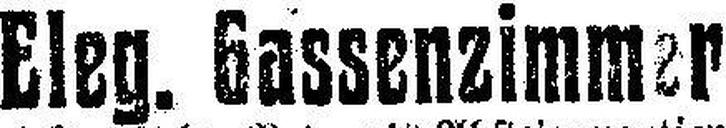
Eleg. Gassenzimmer